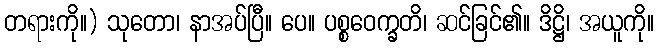
တရားကို။) သုတော၊ နာအပ်ပြီ။ ပေ။ ပစ္စဝေက္ခတိ၊ ဆင်ခြင်၏။ ဒိဋ္ဌိ၊ အယူကို။